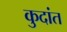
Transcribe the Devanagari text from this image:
कुदांत